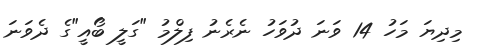
މިދިޔަ މަހު 14 ވަނަ ދުވަހު ނެރެނު ފިލްމު "ގަލީ ބޯއީ"ގެ ދެވަނަ